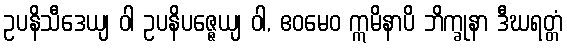
ဥပနိသီဒေယျ ဝါ ဥပနိပဇ္ဇေယျ ဝါ, ဧဝမေဝ ဣမိနာပိ ဘိက္ခုနာ ဒီဃရတ္တံ